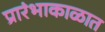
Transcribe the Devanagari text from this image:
प्रारंभाकाळात